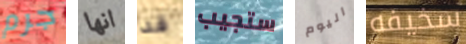
جرم انها قد ستجيب اليوم سخيفه